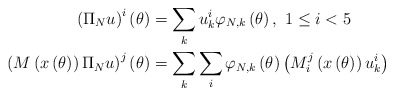
\begin{align*}\left( \Pi_{N}u\right) ^{i}\left( \theta\right) & =\sum_{k}u_{k}^{i}\varphi_{N,k}\left( \theta\right) ,\ 1\leq i<5\\\left( M\left( x\left( \theta\right) \right) \Pi_{N}u\right) ^{j}\left(\theta\right) & =\sum_{k}\sum_{i}\varphi_{N,k}\left( \theta\right)\left( M_{i}^{j}\left( x\left( \theta\right) \right) u_{k}^{i}\right)\end{align*}